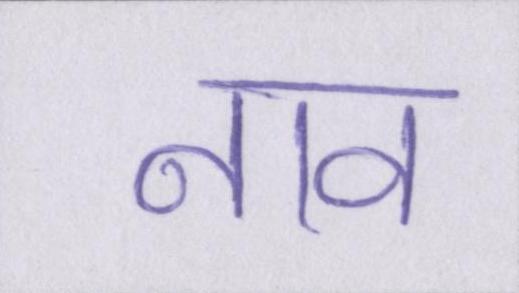
नाव